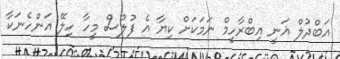
އަބްދުލް ޣަނީ އިބްރާހީމް ނަމަކަށް ކިޔާ އެ ފުލުސް މީހާ ހިލޭ އަންހެނަކާ